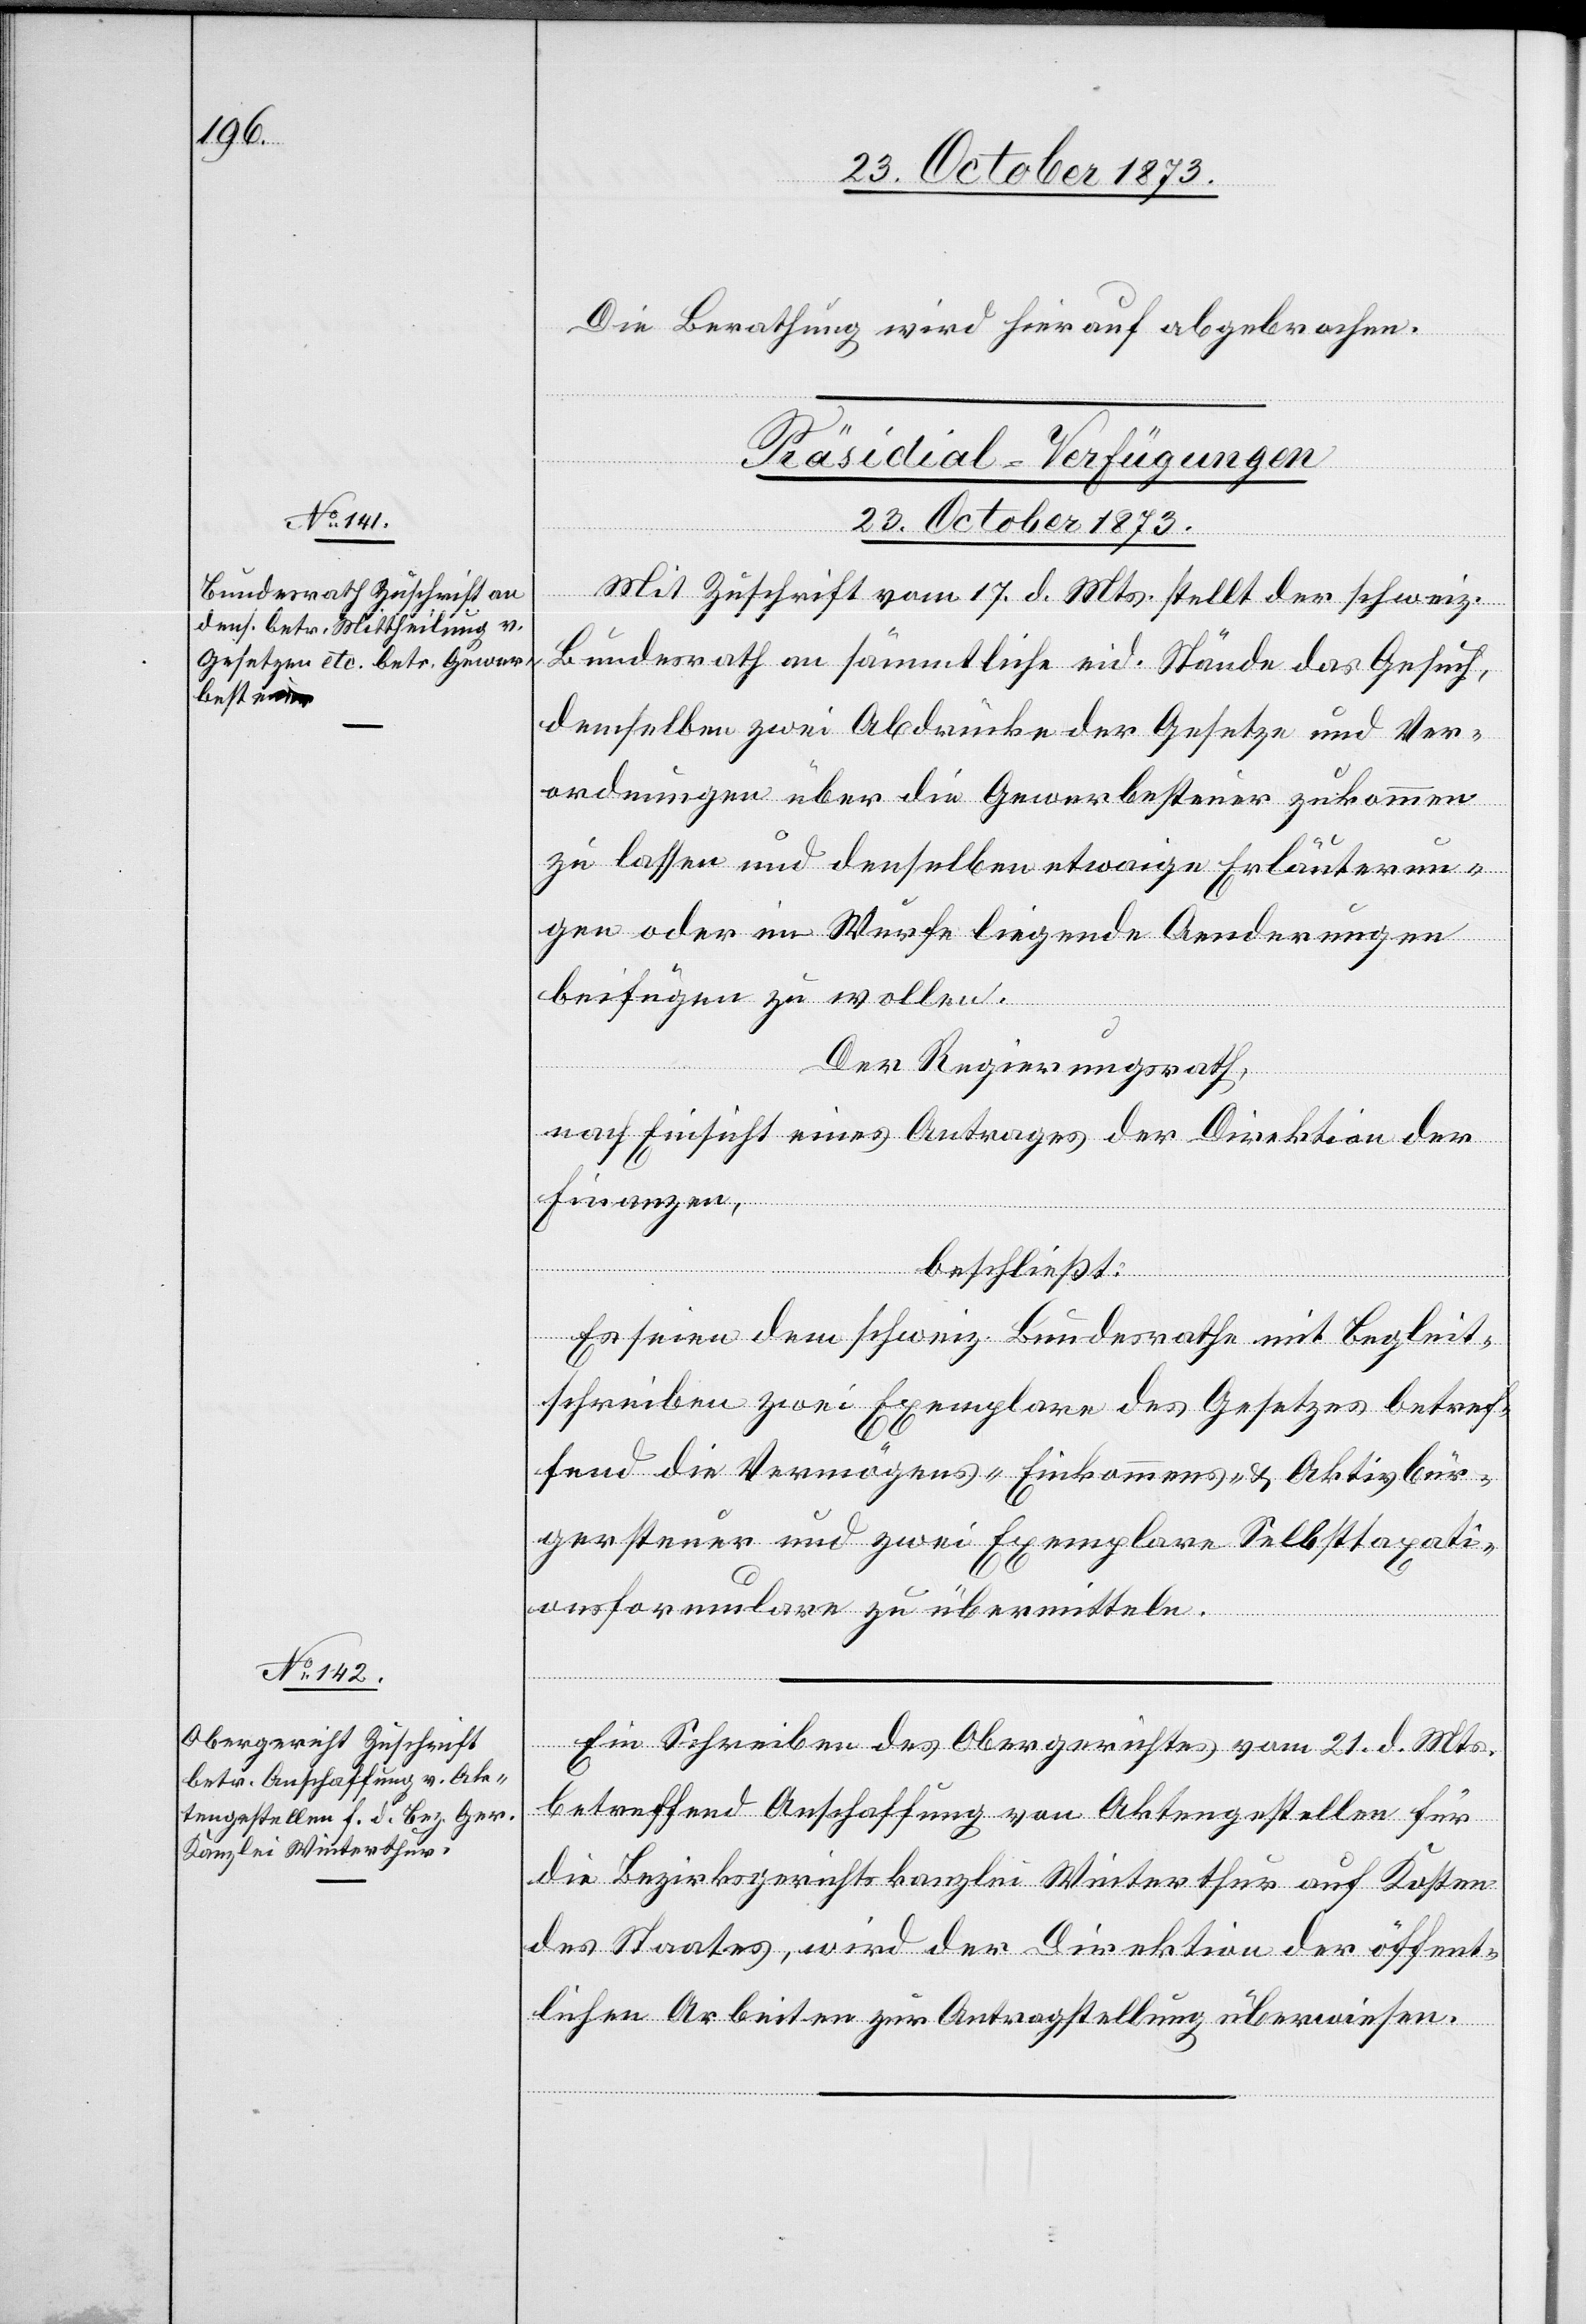
23. October 1873.]
Die Berathung wird hierauf abgebrochen.
[Präsidial-Verfügungen
23. October 1873.
Mit Zuschrift vom 17. d. Mts. stellt der schweiz.
Bundesrath an sämmtliche eid. Stände das Gesuch,
demselben zwei Abdrücke der Gesetze und Ver¬
ordnungen über die Gewerbesteuer zukommen
zu lassen und denselben etwaige Erläuterun¬
gen oder im Wurfe liegende Aenderungen
beifügen zu wollen.
Der Regierungsrath,
nach Einsicht eines Antrages der Direktion der
Finanzen,
beschließt:
Es seien dem schweiz. Bundesrathe mit Begleit¬
schreiben zwei Exemplare des Gesetzes betref¬
fend die Vermögens- Einkommens- & Aktivbür¬
gersteuer und zwei Exemplare Selbsttaxati¬
onsformulare zu übermitteln.
Ein Schreiben des Obergerichtes vom 21. d. Mts.
betreffend Anschaffung von Aktengestellen für
die Bezirksgerichtskanzlei Winterthur auf Kosten
des Staates, wird der Direktion der öffent¬
lichen Arbeiten zur Antragstellung überwiesen.